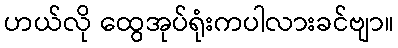
ဟယ်လို ထွေအုပ်ရုံးကပါလားခင်ဗျာ။